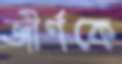
জীর্ণকে